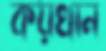
কয়খান